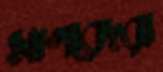
সাগরেদরা